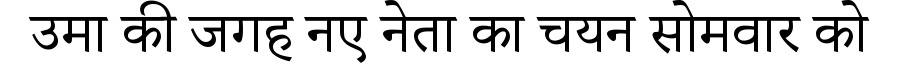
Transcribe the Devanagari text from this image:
उमा की जगह नए नेता का चयन सोमवार को